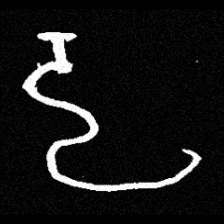
Pyu character \u2014 Myanmar letter: ဠ (romanized: lla)